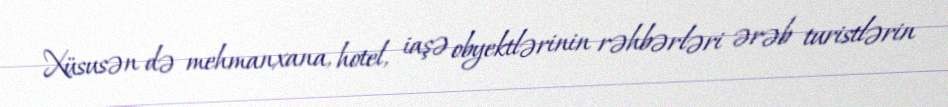
Xüsusən də mehmanxana, hotel, iaşə obyektlərinin rəhbərləri ərəb turistlərin